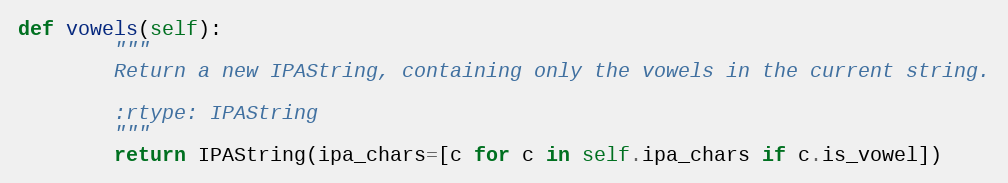
Language: Python
def vowels(self):
        """
        Return a new IPAString, containing only the vowels in the current string.

        :rtype: IPAString
        """
        return IPAString(ipa_chars=[c for c in self.ipa_chars if c.is_vowel])